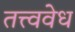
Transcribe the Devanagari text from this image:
तत्त्ववेध